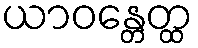
ယာဝန္တေတ္ထ